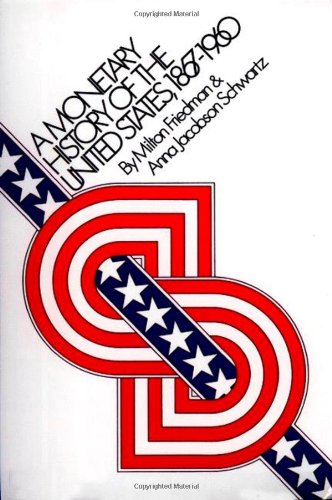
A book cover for A Monetary History of the United States, 1867-1960; Milton Friedman; Business & Money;